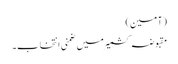
(آمین)
مقبوضہ کشمیر میں ضمنی انتخاب۔